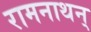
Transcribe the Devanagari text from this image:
रामनाथन्